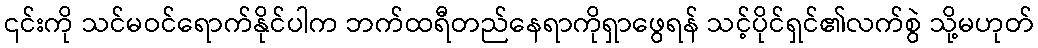
၎င်းကို သင်မဝင်ရောက်နိုင်ပါက ဘက်ထရီတည်နေရာကိုရှာဖွေရန် သင့်ပိုင်ရှင်၏လက်စွဲ သို့မဟုတ်